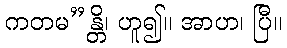
ကတမ”န္တိ၊ ဟူ၍။ အာဟ၊ ပြီ။